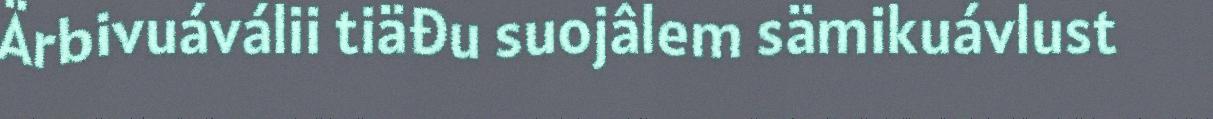
Ärbivuáválii tiäđu suojâlem sämikuávlust